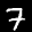
Label: 7